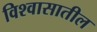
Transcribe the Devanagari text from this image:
विश्‍वासातील